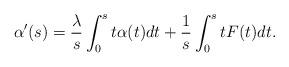
LaTeX: \begin{align*} \alpha'(s)=\frac{\lambda}{s}\int_{0}^{s}t\alpha(t)dt + \frac{1}{s}\int_{0}^{s}tF(t)dt.\end{align*}